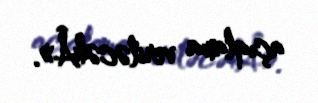
açıqlama veriləcəkÂ».